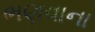
ભણવાના